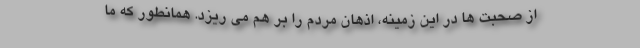
از صحبت ها در این زمینه، اذهان مردم را بر هم می ریزد. همانطور که ما